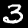
Label: 3